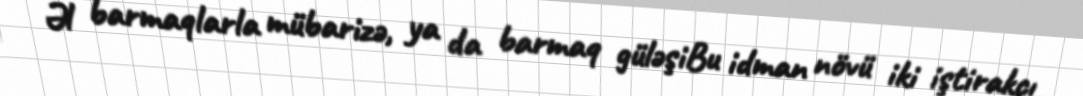
Əl barmaqlarla mübarizə, ya da barmaq güləşiBu idman növü iki iştirakçı